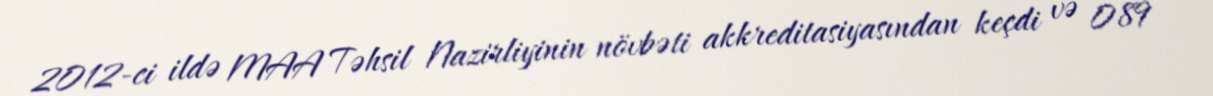
2012-ci ildə MAA Təhsil Nazirliyinin növbəti akkreditasiyasından keçdi və 089